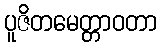
ပူဇိတမေတ္တာဝတာ